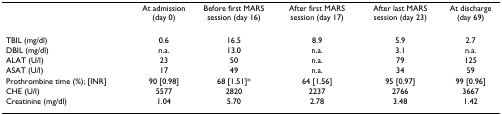
|  | At admission (day 0) | Before first MARS session (day 16) | After first MARS session (day 17) | After last MARS session (day 23) | At discharge (day 69) |
 | --- | --- | --- | --- | --- | --- |
 | TBIL (mg/dl) | 0.6 | 16.5 | 8.9 | 5.9 | 2.7 |
 | DBIL (mg/dl) | n.a. | 13.0 | n.a. | 3.1 | n.a. |
 | ALAT (U/l) | 23 | 50 | n.a. | 79 | 125 |
 | ASAT (U/l) | 17 | 49 | n.a. | 34 | 59 |
 | Prothrombine time (%); [INR] | 90 [0.98] | 68 [1.51]* | 64 [1.56] | 95 [0.97] | 99 [0.96] |
 | CHE (U/l) | 5577 | 2820 | 2237 | 2766 | 3667 |
 | Creatinine (mg/dl) | 1.04 | 5.70 | 2.78 | 3.48 | 1.42 |